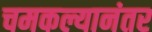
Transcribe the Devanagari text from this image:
चमकल्यानंतर